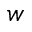
\boldsymbol w